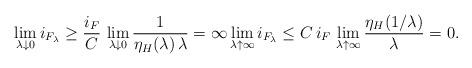
LaTeX: \begin{align*}\lim_{\lambda\downarrow 0} i_{F_\lambda}&\ge \frac{ i_F}{C}\, \lim_{\lambda\downarrow 0} \frac{1}{\eta_H(\lambda)\, \lambda}=\infty \lim_{\lambda\uparrow \infty} i_{F_\lambda}\le C\, i_F\, \lim_{\lambda\uparrow \infty} \frac{\eta_H(1/\lambda)}{\lambda}=0.\end{align*}